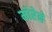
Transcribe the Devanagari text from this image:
मोरेने